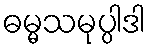
ဓမ္မသမုပ္ပါဒါ